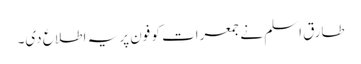
طارق اسلم نے جمعرات کو فون پر یہ اطلاع دی۔